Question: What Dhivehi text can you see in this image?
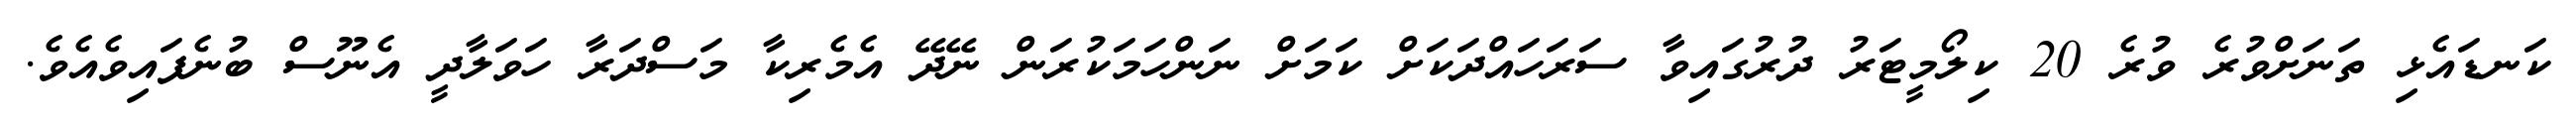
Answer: ކަނޑައެޅި ތަނަށްވުރެ ވުރެ 20 ކިލޯމީޓަރު ދުރުގައިވާ ސަރަހައްދަކަށް ކަމަށް ނަންހަމަކުރަން ނޭދޭ އެމެރިކާ މަސްދަރާ ހަވަލާދީ އެނޫސް ބުނެފައިވެއެވެ.